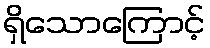
ရှိသောကြောင့်